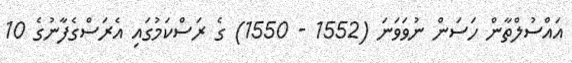
އައްސުލްތާން ހަސަން ނުވަވަނަ (1552 - 1550) ގެ ރަސްކަމުގައި އެރަސްގެފާނުގެ 10